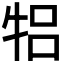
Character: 𬌞